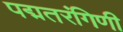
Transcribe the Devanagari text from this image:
पद्मतरंगिणी